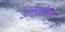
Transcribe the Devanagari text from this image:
जारिहीअत